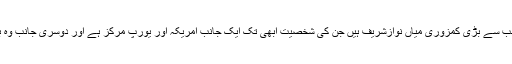
لیکن اس منظرنامے میں پاکستان کی سب سے بڑی کمزوری میاں نوازشریف ہیں جن کی شخصیت ابھی تک ایک جانب امریکہ اور یورپ مرکز ہے اور دوسری جانب وہ بھارت کے لیے نرم گوشہ رکھتے ہیں۔